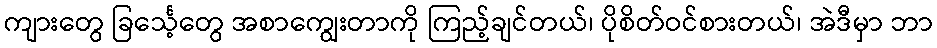
ကျားတွေ ခြင်္သေ့တွေ အစာကျွေးတာကို ကြည့်ချင်တယ်၊ ပိုစိတ်ဝင်စားတယ်၊ အဲဒီမှာ ဘာ